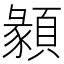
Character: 𩔂